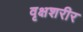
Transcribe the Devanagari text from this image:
वृक्षशरीर